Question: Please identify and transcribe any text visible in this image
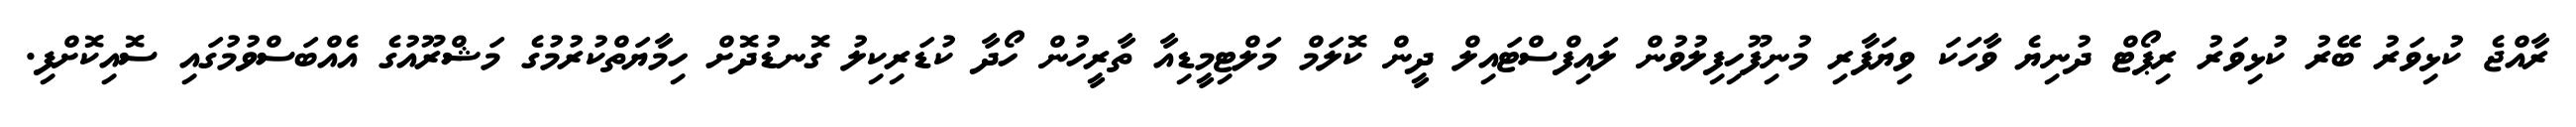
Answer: ރާއްޖެ ކުޅިވަރު ބޭރު ކުޅިވަރު ރިޕޯޓް ދުނިޔެ ވާހަކަ ވިޔަފާރި މުނިފޫހިފިލުވުން ލައިފްސްޓައިލް ދީން ކޮލަމް މަލްޓިމީޑިއާ ތާރީހުން ހޯދާ ކުޑަރިކިލު ގޮނޑުދޮށް ހިމާޔަތްކުރުމުގެ މަޝްރޫއުގެ އެއްބަސްވުމުގައި ސޮއިކޮށްފި.